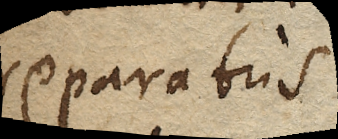
reparatus.